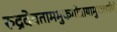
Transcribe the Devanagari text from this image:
रुद्रदेवताममुकगोत्रायामुकशर्मणे